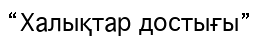
“Халықтар достығы”